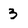
Character: 3